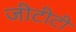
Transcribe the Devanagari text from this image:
जीटीटी